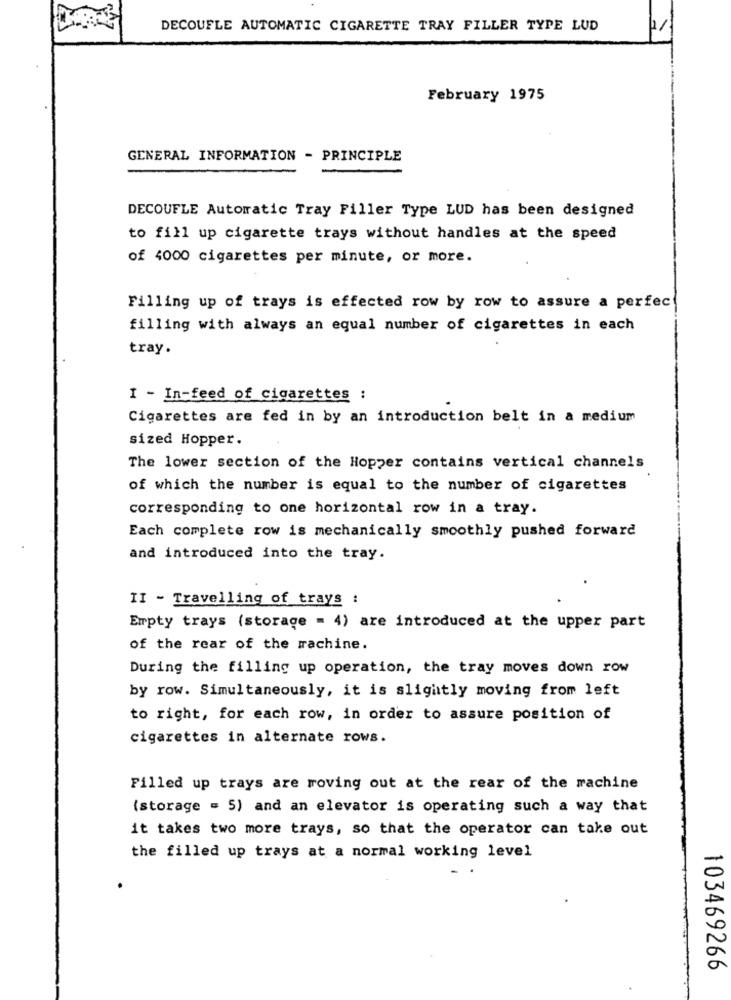
DECOUFLE AUTOMATIC CIGARETTE TRAY FILLER TYPE LUD
February 1975
GENERAL INFORMATION - PRINCIPLE
DECOUFLE Autorratic Tray Filler Type LUD has been designed
to fill up cigarette trays without handles at the speed
of 4000 cigarettes per minute, or more.
Filling up of trays is effected row by row to assure a perfec
filling with always an equal number of cigarettes in each
tray.
I - In-feed of cigarettes :
Cigarettes are fed in by an introduction belt in a medium
sized Hopper.
The lower section of the Hopper contains vertical channels
of which the number is equal to the number of cigarettes
corresponding to one horizontal row in a tray.
Each complete row is mechanically smoothly pushed forward
and introduced into the tray.
II - Travelling of trays :
Empty trays (storage = 4) are introduced at the upper part
of the rear of the machine.
During the filling up operation, the tray moves down row
by row. Simultaneously, it is slightly moving from left
to right, for each row, in order to assure position of
cigarettes in alternate rows.
Filled up trays are moving out at the rear of the machine
(storage = 5) and an elevator is operating such a way that
it takes two more trays, so that the operator can take out
the filled up trays at a normal working level
103469266